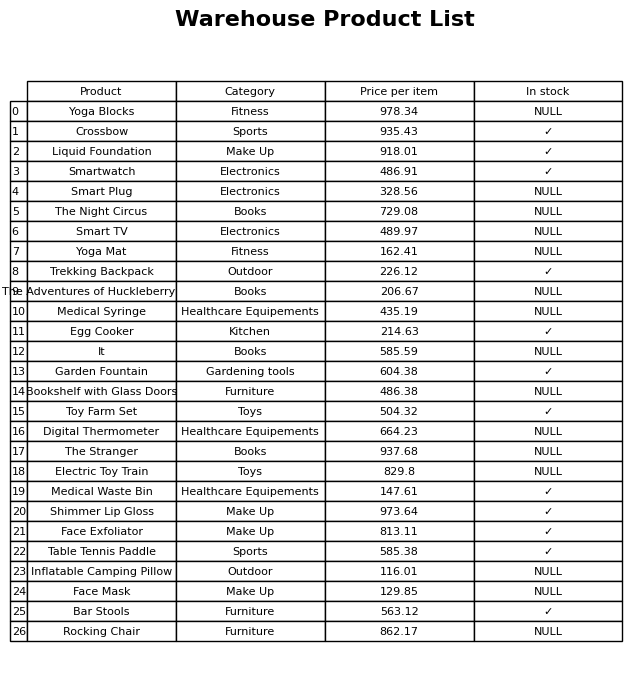
question: What is the price of the Inflatable Camping Pillow?
answer: The price of Inflatable Camping Pillow is 116.01.